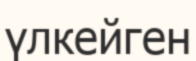
үлкейген